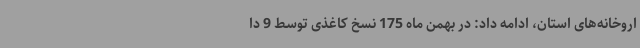
اروخانه‌های استان، ادامه داد: در بهمن ماه 175 نسخ کاغذی توسط 9 دا